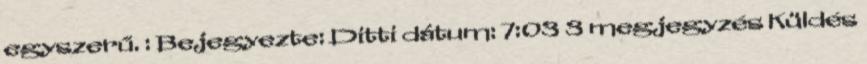
egyszerű. : Bejegyezte: Ditti dátum: 7:03 3 megjegyzés Küldés